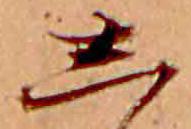
し